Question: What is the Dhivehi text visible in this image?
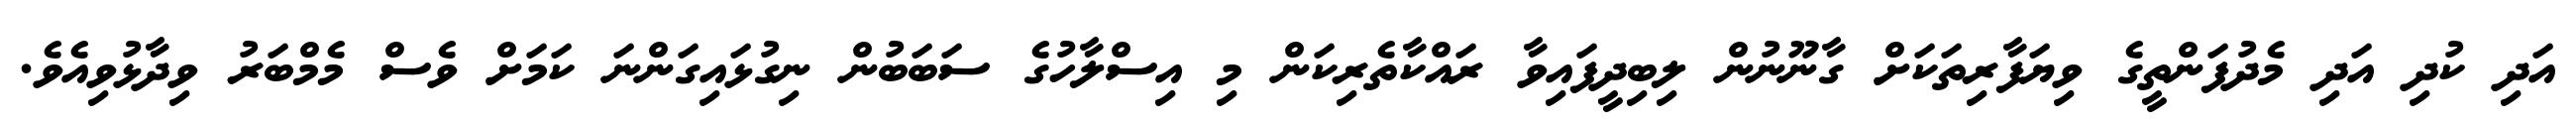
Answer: އަދި ކުދި އަދި މެދުފަންތީގެ ވިޔަފާރިތަކަށް ގާނޫނުން ލިބިދީފައިވާ ރައްކާތެރިކަން މި އިސްލާހުގެ ސަބަބުން ނިގުޅައިގަންނަ ކަމަށް ވެސް މެމްބަރު ވިދާޅުވިއެވެ.